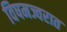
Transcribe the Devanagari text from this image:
विषमज्वरात